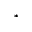
^ \ast